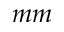
m m